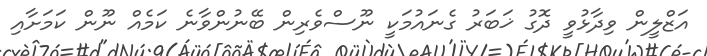
އަޒްލީން ވިދާޅުވީ ދޮގު ޚަބަރު ގެނައުމަކީ ނޫސްވެރިން ބޭނުންވާނެ ކަމެއް ނޫން ކަމަށާއި